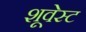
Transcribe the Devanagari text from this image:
शूवेस्ट